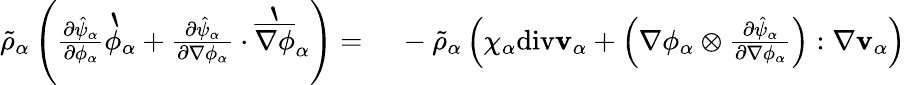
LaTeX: \begin{array}{rl}{\tilde{\rho}_{\alpha}\left(\frac{\partial\hat{\psi}_{\alpha}}{\partial\phi_{\alpha}}\grave{\phi}_{\alpha}+\frac{\partial\hat{\psi}_{\alpha}}{\partial\nabla\phi_{\alpha}}\cdot\grave{\overline{{\nabla\phi}}}_{\alpha}\right)=}&{{}~-\tilde{\rho}_{\alpha}\left(\chi_{\alpha}\mathrm{div}\mathbf{v}_{\alpha}+\left(\nabla\phi_{\alpha}\otimes\frac{\partial\hat{\psi}_{\alpha}}{\partial\nabla\phi_{\alpha}}\right):\nabla\mathbf{v}_{\alpha}\right)}\end{array}